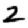
Digit: 2